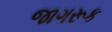
જાગરૂક